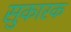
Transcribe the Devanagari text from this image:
सुकारक